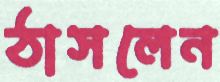
ঠাসলেন